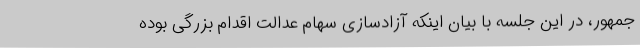
جمهور، در این جلسه با بیان اینکه آزادسازی سهام عدالت اقدام بزرگی بوده